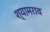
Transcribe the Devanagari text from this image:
श्‍यामराव